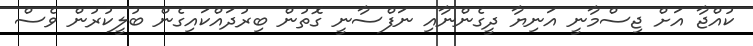
ކުއްޖާ އަށް ޖިސްމާނީ އަނިޔާ ދީގެންނާއި ނަފްސާނީ ގޮތުން ބިރުދައްކައިގެން ބުލީކުރުން ވެސް